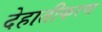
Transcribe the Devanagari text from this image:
देहातीकरण